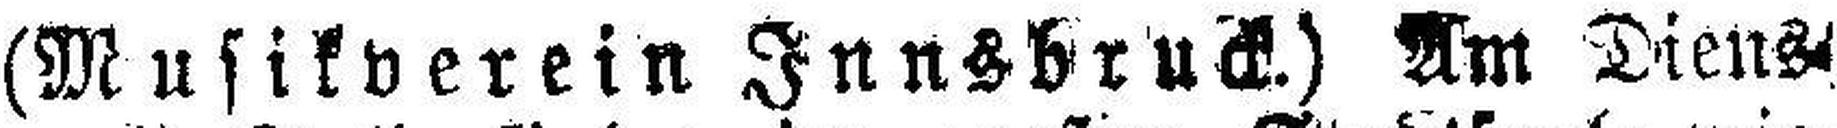
(Musikverein Innsbruck.) Am Diens¬